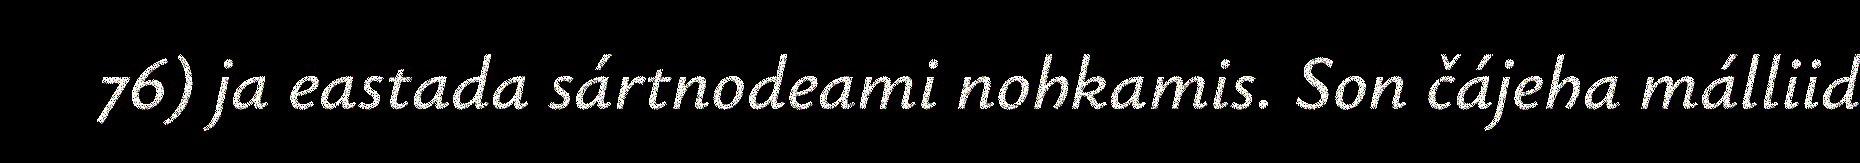
76) ja eastada sártnodeami nohkamis. Son čájeha málliid